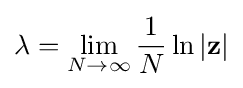
\lambda =\lim _{N\to \infty }{\frac {1}{N}}\ln |\mathbf {z} |